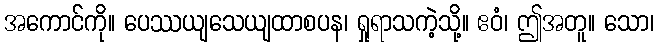
အကောင်ကို။ ပေဿယျသေယျထာစပန၊ ရှုရာသကဲ့သို့။ ဧဝံ၊ ဤအတူ။ သော၊